Vaccination in Burma 1889-1999 - 1889-1999
Year: 1889
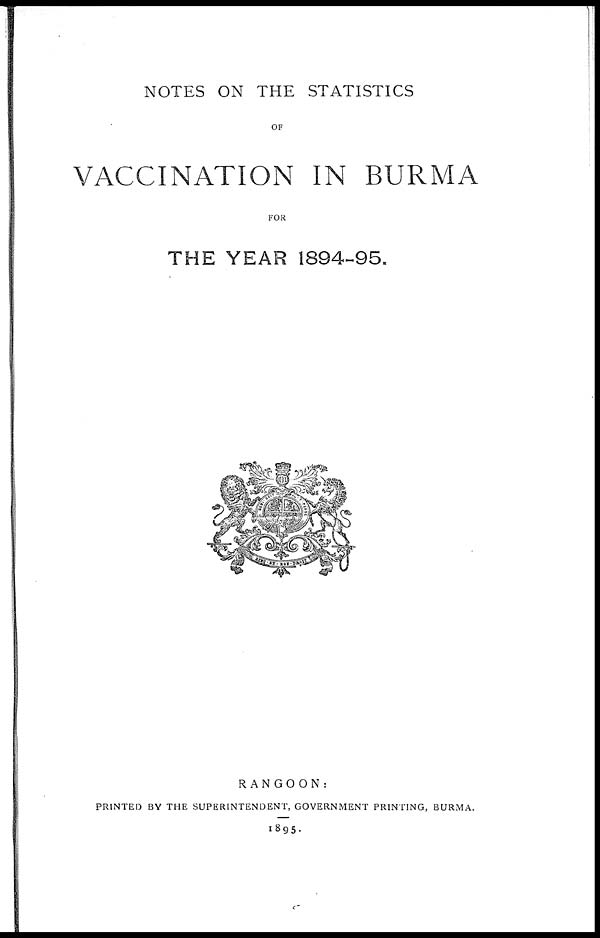
NOTES ON THE STATISTICS
OF
VACCINATION IN BURMA
FOR
THE YEAR 1894-95.
RANGOON:
PRINTED BY THE SUPERINTENDENT, GOVERNMENT PRINTING, BURMA.
1895.